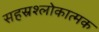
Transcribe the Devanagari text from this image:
सहस्रश्लोकात्मक